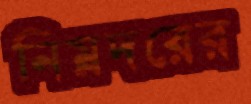
নিম্নদরের